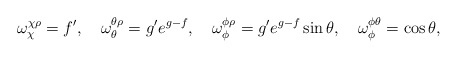
\begin{align*}\omega_{\chi}^{\chi\rho}= f', \quad \omega_{\theta}^{\theta\rho}=g'e^{g-f}, \quad \omega_{\phi}^{\phi\rho}=g'e^{g-f}\sin{\theta}, \quad \omega_{\phi}^{\phi\theta}=\cos{\theta},\end{align*}